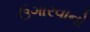
ઉગારવાનો